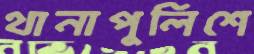
থানাপুলিশে